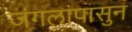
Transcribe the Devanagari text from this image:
जंगलांपासुन